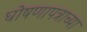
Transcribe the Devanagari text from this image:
घोषणापत्राच्या